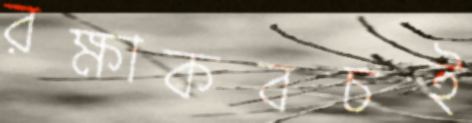
রক্ষাকবচই